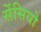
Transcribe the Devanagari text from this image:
सेंसियो